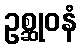
ဥစ္ဆုဝနံ